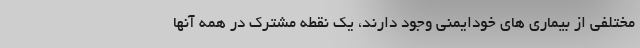
مختلفی از بیماری های خودایمنی وجود دارند، یک نقطه مشترک در همه آنها